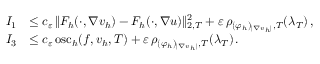
\begin{array} { r } { \begin{array} { r l } { I _ { 1 } } & { \leq c _ { \varepsilon } \, \| F _ { h } ( \cdot , \nabla v _ { h } ) - F _ { h } ( \cdot , \nabla u ) \| _ { 2 , T } ^ { 2 } + \varepsilon \, \rho _ { ( \varphi _ { h } ) _ { \vert \nabla v _ { h } \vert } , T } ( \lambda _ { T } ) \, , } \\ { I _ { 3 } } & { \leq c _ { \varepsilon } \, \mathrm { o s c } _ { h } ( f , v _ { h } , T ) + \varepsilon \, \rho _ { ( \varphi _ { h } ) _ { \vert \nabla v _ { h } \vert } , T } ( \lambda _ { T } ) \, . } \end{array} } \end{array}